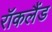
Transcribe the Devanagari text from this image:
रॉकलैंड